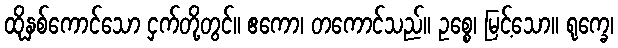
ထိုနှစ်ကောင်သော ငှက်တို့တွင်။ ဧကော၊ တကောင်သည်။ ဥစ္စေ၊ မြင့်သော။ ရုက္ခေ၊